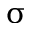
\upsigma